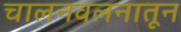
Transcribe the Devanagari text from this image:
चालनवलनातून